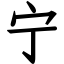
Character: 宁